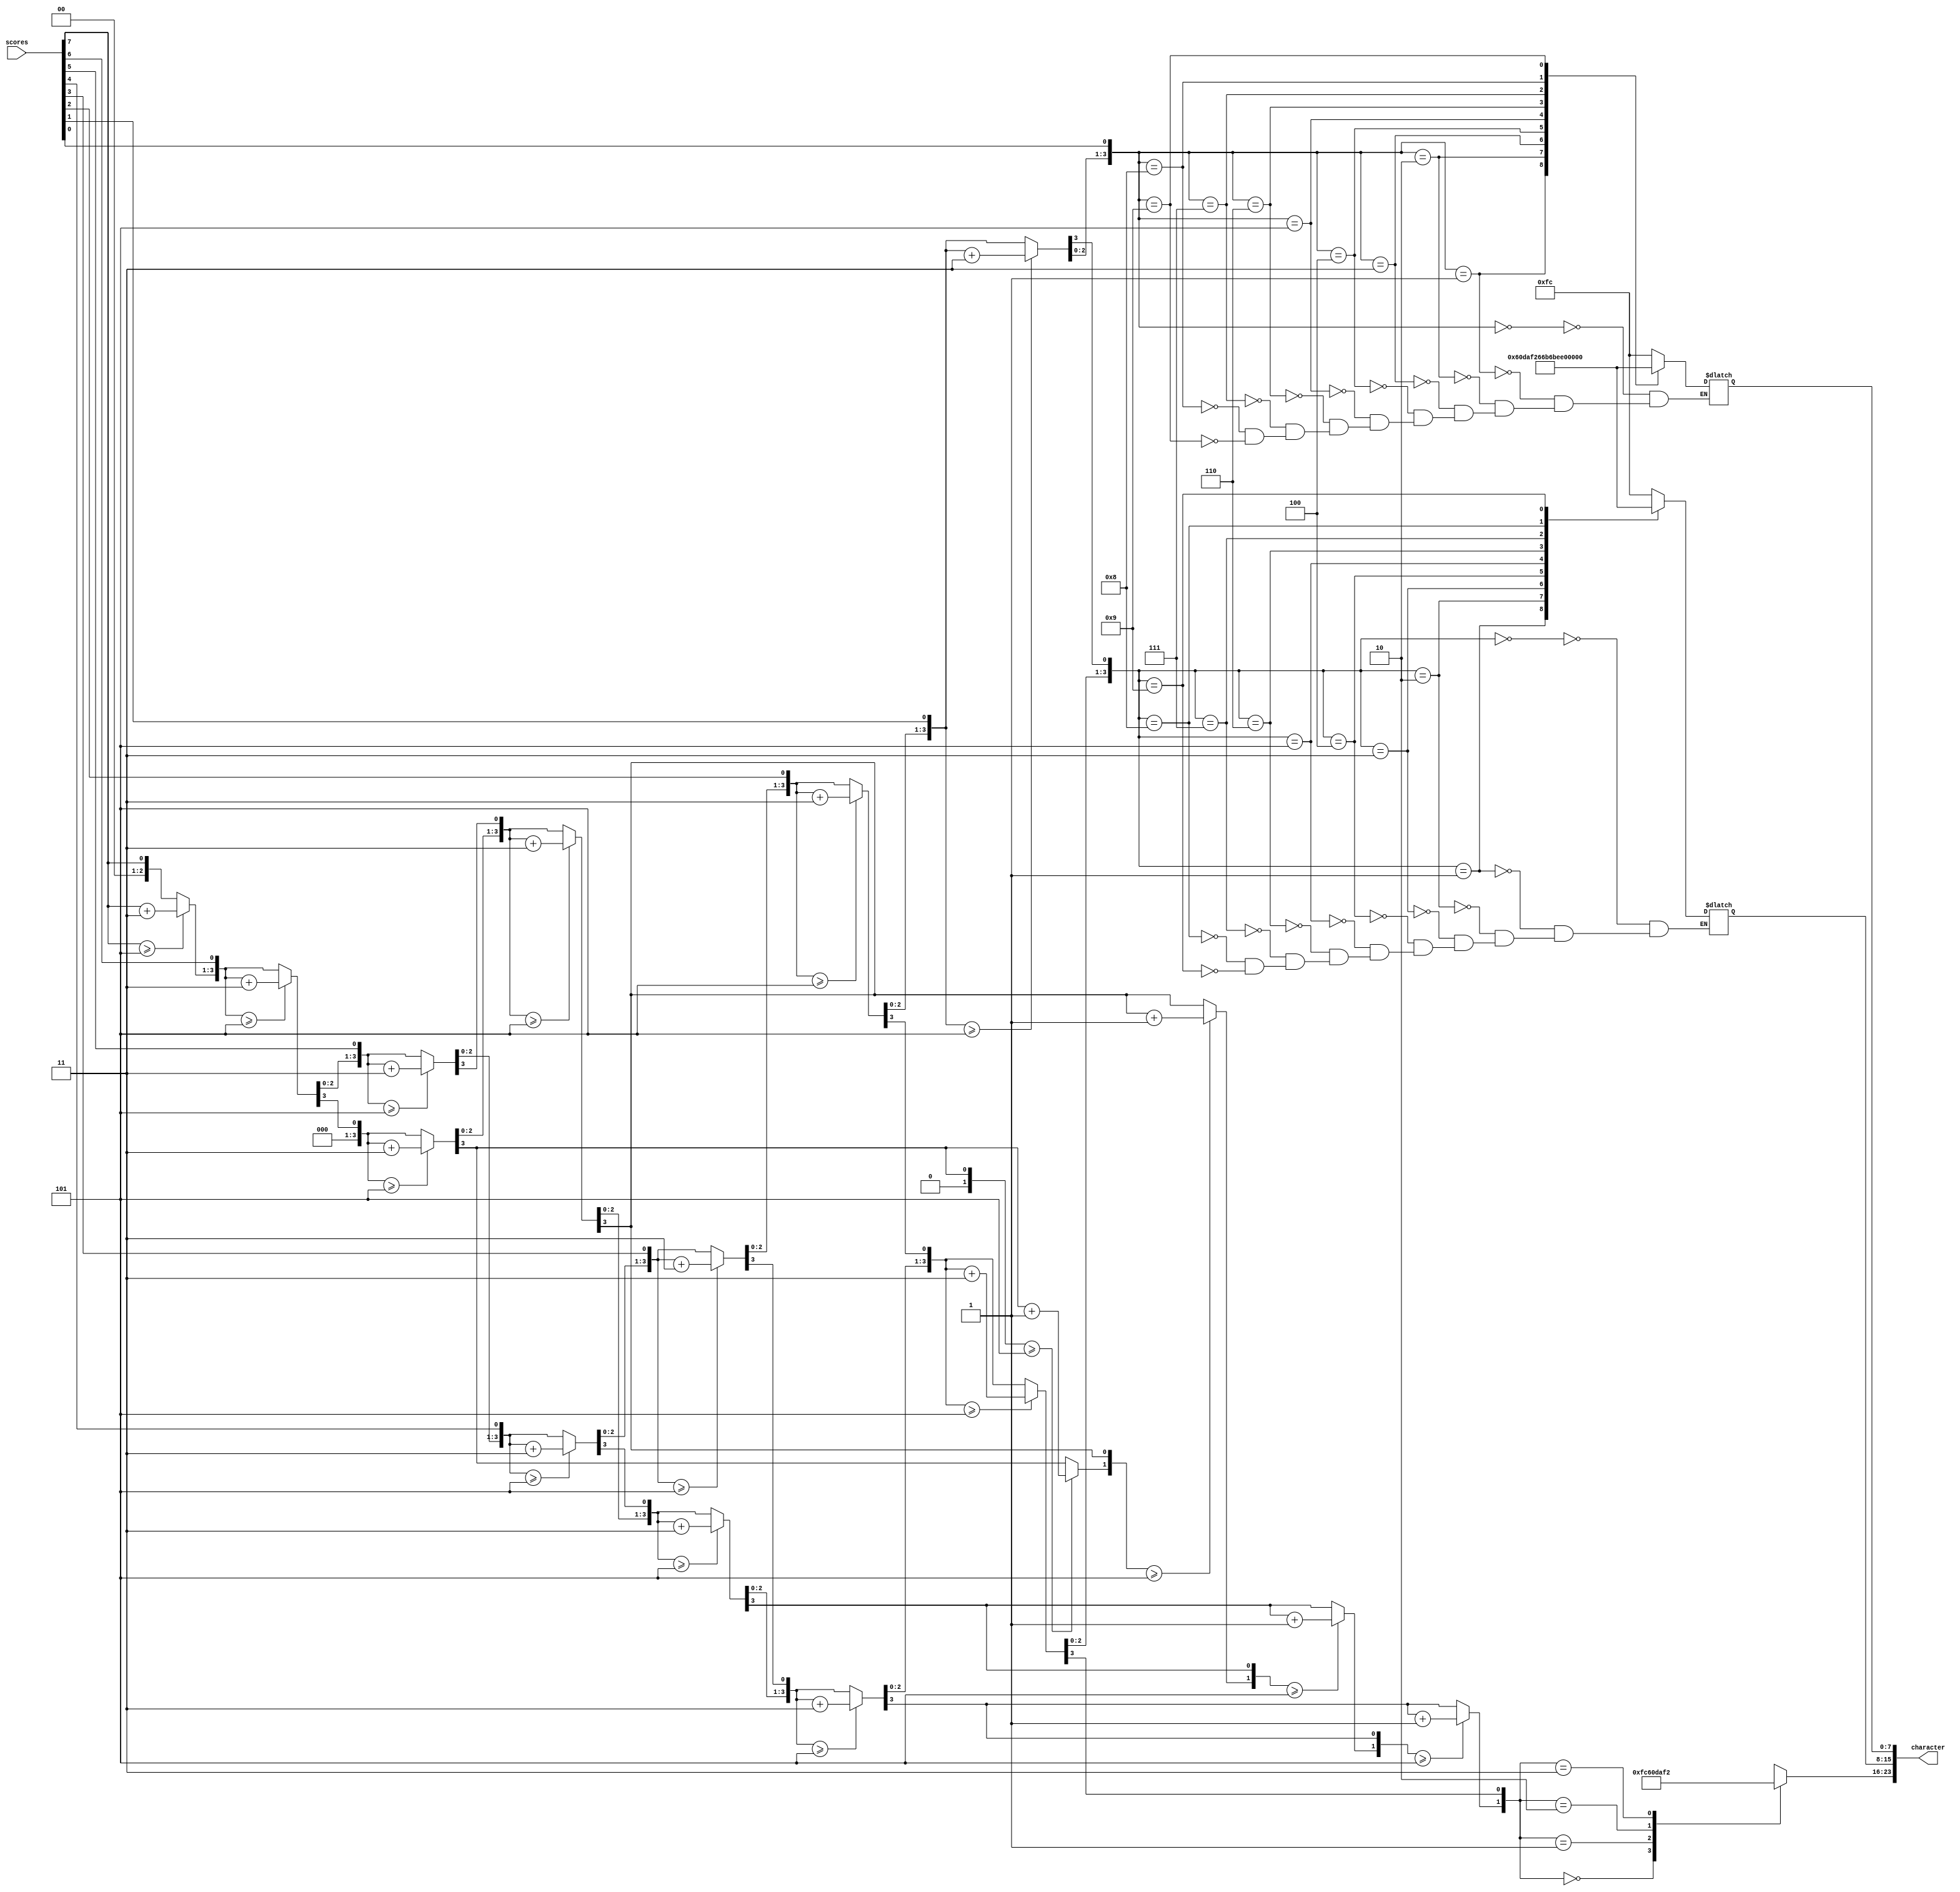
module Binary_to_Decimal(
    input [9:0] scores,
    output reg [23:0] character
    );
    `timescale 1ns / 1ps
    //the state
    parameter WAIT = 3'b000;
    parameter FREEPLAY = 3'b100;
    parameter AUTOPLAY = 3'b010;
    parameter STUDY = 3'b001;
    parameter ADJUSTMENT = 3'b011;
    parameter SELECT = 3'b111;
    parameter CHALLENGE = 3'b101;
    //the difficulty of the challenge state
    parameter EASY = 3'b100;
    parameter NORMAL = 3'b010;
    parameter HARD = 3'b001;
    parameter interval_easy = 60;
    parameter interval_normal = 45;
    parameter interval_hard = 30;
    parameter interval_study = 120;
    
    //the period of changing char
    parameter scan_period = 200000;
    parameter second = 100000000;
    parameter pause = 110000;
    
    //the chars
    parameter zero = 8'b00000000;
    parameter WAIT_ = 64'b10110110_11001110_11101110_00001010_10011110_00000000_00000000_00000000;
    parameter FREEPLAY_ = 64'b10001110_00001010_10011110_10011110_11001110_00011100_11101110_01110110;
    parameter RECORD_ = 64'b00001010_10011110_00011010_00111010_00001010_01111010_00000000_00000000;
    parameter AUTOPLAY_ = 64'b11101110_01111100_00011110_11111100_11001110_00011100_11101110_01110110;
    parameter STUDY_ = 64'b10110110_00011110_01111100_01111010_01110110_00000000_00000000_00000000;
    parameter CHA = 32'b10011100_01101110_11101110_00000000;
    parameter SELECT_ = 64'b10110110_10011110_00011100_10011110_10011100_00011110_00000000_00000000;
    parameter ADJUST_ = 64'b11101110_01111010_11110000_01111100_10110110_00011110_00000000_00000000;
    parameter TRACK = 48'b00011110_00001010_11101110_10011100_00011110_00000010;
    
    
    //7-seg display characters
    parameter SEP = 8'b00000010;
    parameter ZERO = 8'b11111100;
    parameter ONE =  8'b01100000;
    parameter TWO =  8'b11011010;
    parameter THREE =8'b11110010;
    parameter FOUR = 8'b01100110;
    parameter FIVE = 8'b10110110;
    parameter SIX =  8'b10111110;
    parameter SEVEN =8'b11100000;
    parameter EIGHT =8'b11111110;
    parameter NINE = 8'b11110110;
    parameter S = 8'b10110110;
    parameter A = 8'b11101110;
    parameter B = 8'b00111110;
    parameter C = 8'b10011100;
    parameter D = 8'b01111010;
    parameter E = 8'b10011110;
    //321start
    parameter ONE_ = 64'b00000000_00000000_00000000_01100000_00000000_00000000_00000000_00000000;
    parameter TWO_ = 64'b00000000_00000000_00000000_00000000_11011010_00000000_00000000_00000000;
    parameter THREE_ = 64'b00000000_00000000_00000000_00000000_00000000_11110010_00000000_00000000;
    parameter START = 64'b00000000_00000000_10110110_00011110_11101110_00001010_00011110_00000000;
    
    //users account
    parameter HOPE = 40'b01101110_11111100_11001110_10011110_00000000;
    parameter ALAN = 40'b11101110_00011100_11101110_00101010_00000000;
    parameter BOB = 40'b00111110_00111010_00111110_00000000_00000000;
    parameter PAT = 40'b11001110_11101110_00011110_00000000_00000000;
    parameter PETER = 40'b11001110_10011110_00011110_10011110_00001010;
    parameter ANNA =40'b11101110_00101010_00101010_11101110_00000000;
    parameter ALICE = 40'b11101110_00011100_01100000_10011100_10011110;
    parameter JOHN = 40'b11110000_11111100_00101110_00101010_00000000;
        
    //songsname
    parameter HB = 32'b01101110_00111110_00000000_00000000;
    parameter Jn = 32'b11110000_00101010_00000000_00000000;
    parameter CR = 32'b10011100_00001010_00000000_00000000;
    parameter TS = 32'b00011110_10110110_00000000_00000000;
    parameter TT = 32'b00011110_00011110_00000000_00000000;
    
    parameter CR_ = 16'b10011100_00001010;
    parameter HB_ = 16'b01101110_00111110;
    parameter Jn_ = 16'b11110000_00101010;
    parameter TS_ = 16'b00011110_10110110;
    parameter TT_ = 16'b00011110_00011110;
    parameter RD_ = 16'b00001010_01111010;
    
    
    
    //the frequency of the note
    parameter do_low = 191110;
    parameter re_low = 170259;
    parameter me_low = 151685;
    parameter fa_low = 143172;
    parameter so_low = 127554;
    parameter la_low = 113636;
    parameter si_low = 101239;
    parameter do = 93941;
    parameter re = 85136;
    parameter me = 75838;
    parameter fa = 71582;
    parameter so = 63776;
    parameter la = 56818;
    parameter si = 50618;
    parameter do_high = 47778;
    parameter re_high = 42567;
    parameter me_high = 37921;
    parameter fa_high = 36498;
    parameter so_high = 31888;
    parameter la_high = 28409;
    parameter si_high = 25309;
    
    // the basic param of music
    parameter beat = 40 * 400;
    parameter base_beat = 4*400;
    parameter min_beat = 12 * 400;
    parameter max_beat = 100 * 400;
    parameter gap =  7 * 400;
    parameter index_period_3 = 70 * 400;
    parameter index_period_2 = 80 * 400;
    parameter index_period_1 = 100 * 400;
    parameter index_period_0 = 45 * 400;
    parameter index_beat_3 =  60 * 400;
    parameter index_beat_2 =  70 * 400;
    parameter index_beat_1 =  80 * 400;
    parameter index_beat_3_4 =  30 * 400;
    parameter index_beat_2_4 =  20 * 400;
    parameter index_beat_1_4 =  10 * 400;
    parameter silence = 580000;
    parameter song_count = 3;
    
    //the music notebook
    parameter JiangNan = 2324'b00000000001111000000000100000000000001000000100010010010000000000000000000000001000000000000001111001000100100100010011001000100100100010001001001000011110000000000000000000000010011001001100011110001111000000000101000010100000110100011000001110000111000000000000000000000000011100000000001000000011110010000001000100100000001111000111000011110010000001000100100010000000000000000000000010000000000000011110010001001001000100110010010001000100100010010001001000000011110000000000000000000000010000000000000011110010001001001000100110010001001001000100010010010000111100000000000000001001100100110001111000111100000000000000001010000101000001101000110000011100000000000000000000000001110000000000100000001111000000000100000010001001000000011110001110000111100100000010001001000100000000000000000000000100000000000000111100100010010010001001100100100010001001000100100010010000000111100000000000000000000000100110010011001001100000000010100000000000011110001111001001100011010001111000000000011110001111001001100011110001111000000000011110001111001000000011110010001001000100000000010001001000000100010010001001000100100010010001001000100100010010001000000000100010010001001000100100010010001001000100000000000000000000000011010001100000111000011110010000000111100011100001110000111000000000000000000000000011010001111001000100000000010011000111100011100001101000000000000000000000000110100011110001101000000000011000001110000111100011100001110000111000000000000000000000000011010001111000000000100010010011000111100011100001101000000000000000000000000110100000000001100000111000011110010000000111100011100001110000111000000000000000000000000011010001111000000000100010010011000111100011100001101000110100000000000000000000000011010001100000000000011100001111000111000011100001110000000000000000000000000110100011110000000001000100100110001111000111000011010000000000000000100010010001001000000011110001110000110100010100000110000111000011110001111000111000011010001100000100100001010000000001000100000000001101000110000010110001000000110100011110010001001001100011110001110000110100010100000110001000100100000010001000111100011100001101000101000001100001110000111100011110001110000110100011000001001000010100000000010001000000000011010001100000101100010000001101000111100100010010011000111100011100001101000101000001100000000;
    parameter HappyBirthday = 182'b00011110010000000111100100010010010000000000000000001101000111000011110010001001001100011000001111000111100100000001100000110100011000001110000111000011110001100000110100001010000101;
    parameter MerryChristmas = 469'b0001111000111100011110001110001000000011010001100000110000100110001111001000000100010010000000000000011000001100000110100011100001111000111000000000001110000111100011110001111000110000000000001111000111100011100010000000110100011000001100000000000011010001111001000000100010010010001000100100010000000000110000011000000000000110000011100001111001000000100010010000001000000000000001101000000000000000001101000110100011100001111001000000011110001111000000000011000001100;
    parameter LittleStar = 336'b000000000010000001001000100100010100001010000101100010110000000000110000011010001101000110000011000001000000100000000000001001000101000010100001011000101100011000001100000000000010010001010000101000010110001011000110000011000000000000100000010010001001000101000010100001011000101100000000001100000110100011010001100000110000010000001000;
    parameter TwoTiger = 252'b000000000010000001100000100000000000001000000110000010000001000000101001011011101100010110111011000001000000101001011011101100010110111011000000000000110000010110001010000000000011000001011000101000010000001010000100100010000001000000101000010010001000;
    
    parameter JN_length = 332;
    parameter HB_length = 26;
    parameter MC_length = 67;
    parameter LS_length = 48;
    parameter TT_length = 36;
    
    //the mode of scale
    parameter high_key = 3'b100;
    parameter mid_key = 3'b010;
    parameter low_key = 3'b001;

    reg [3:0] ones;
    reg [3:0] tens;
    reg [1:0] huns;
    integer i;
    
    always @(scores) begin
        ones = 4'd0;
        tens = 4'd0;
        huns = 2'd0;
        
        for(i = 7; i >= 0; i = i - 1) begin//make binary into BCD codes
            if (ones >= 4'd5)    ones = ones + 4'd3;
            if (tens >= 4'd5)    tens = tens + 4'd3;
            if (huns >= 4'd5)    huns = huns + 4'd3;
            huns = {huns[0],tens[3]};
            tens = {tens[2:0],ones[3]};
            ones = {ones[2:0],scores[i]};
        end
    end    
    
    always@(huns)
        case(huns)
            4'b0000:character[23:16] = ZERO;
            4'b0001:character[23:16] = ONE;
            4'b0010:character[23:16] = TWO;
            4'b0011:character[23:16] = THREE;
            4'b0100:character[23:16] = FOUR;
            4'b0101:character[23:16] = FIVE;
            4'b0110:character[23:16] = SIX;
            4'b0111:character[23:16] = SEVEN;
            4'b1000:character[23:16] = EIGHT;
            4'b1001:character[23:16] = NINE;
        endcase
        
    always@(ones)
        case(ones)
            4'b0000:character[7:0] = ZERO;
            4'b0001:character[7:0] = ONE;
            4'b0010:character[7:0] = TWO;
            4'b0011:character[7:0] = THREE;
            4'b0100:character[7:0] = FOUR;
            4'b0101:character[7:0] = FIVE;
            4'b0110:character[7:0] = SIX;
            4'b0111:character[7:0] = SEVEN;
            4'b1000:character[7:0] = EIGHT;
            4'b1001:character[7:0] = NINE;
         endcase    
                
      always@(tens)
          case(tens)
            4'b0000:character[15:8] = ZERO;
            4'b0001:character[15:8] = ONE;
            4'b0010:character[15:8] = TWO;
            4'b0011:character[15:8] = THREE;
            4'b0100:character[15:8] = FOUR;
            4'b0101:character[15:8] = FIVE;
            4'b0110:character[15:8] = SIX;
            4'b0111:character[15:8] = SEVEN;
            4'b1000:character[15:8] = EIGHT;
            4'b1001:character[15:8] = NINE;
           endcase            
                
    
endmodule